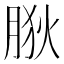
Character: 𦛡